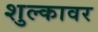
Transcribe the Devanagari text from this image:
शुल्कावर